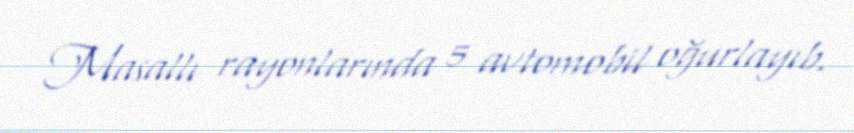
Masallı rayonlarında 5 avtomobil oğurlayıb.